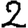
Digit: 2